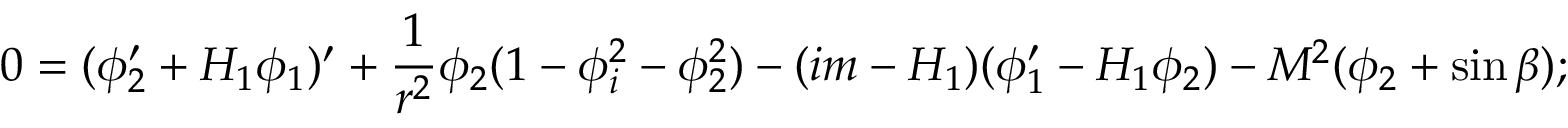
0 = ( \phi _ { 2 } ^ { \prime } + H _ { 1 } \phi _ { 1 } ) ^ { \prime } + \frac { 1 } { r ^ { 2 } } \phi _ { 2 } ( 1 - \phi _ { i } ^ { 2 } - \phi _ { 2 } ^ { 2 } ) - ( i m - H _ { 1 } ) ( \phi _ { 1 } ^ { \prime } - H _ { 1 } \phi _ { 2 } ) - M ^ { 2 } ( \phi _ { 2 } + \sin \beta ) ;